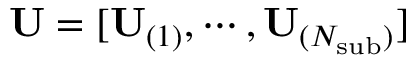
\mathbf { U } = [ \mathbf { U } _ { ( 1 ) } , \cdots , \mathbf { U } _ { ( N _ { \mathrm { s u b } } ) } ]